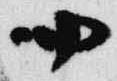
四